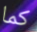
كما